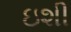
ઇશી